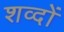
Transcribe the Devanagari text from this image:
शव्‍दों